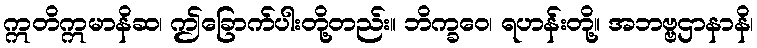
ဣတိဣမာနိဆ၊ ဤခြောက်ပါးတို့တည်း။ ဘိက္ခဝေ၊ ရဟန်းတို့။ အဘဗ္ဗဌာနာနိ၊